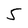
Character: 5